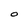
Character: O